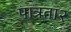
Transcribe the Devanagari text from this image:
पात्रता२